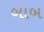
બાબ